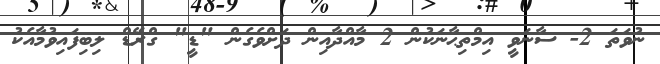
ނުވަތަ 2- ސާނަވީ އިމްތިޙާނަކުން 2 މާއްދާއިން ދަށްވެގެން "ޑީ" ގްރޭޑް ލިބިފައިވުމާއެކު